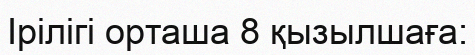
Ірілігі орташа 8 қызылшаға: